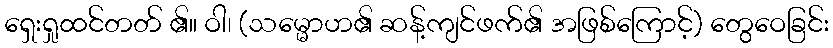
ရှေးရှုထင်တတ် ၏။ ဝါ၊ (သမ္မောဟ၏ ဆန့်ကျင်ဖက်၏ အဖြစ်ကြောင့်) တွေဝေခြင်း